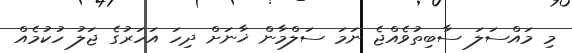
މި މައްސަލަ ސާބިތުވެއްޖެ ނަމަ ސަލްމާން ޚާނަށް ދިހަ އަހަރުގެ ޖަލު ހުކުމެއް